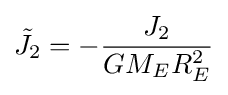
{\tilde {J_{2}}}=-{\frac {J_{2}}{GM_{E}R_{E}^{2}}}